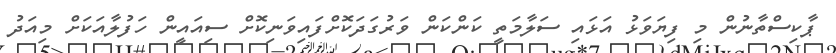
ޕާކިސްތާނުން މި ފިޔަވަޅު އަޅައި ސަލާމަތީ ކަންކަން ވަރުގަދަކޮށްފައިވަނިކޮށް ސިއައީން ހަފުލާއަކަށް މިއަދު